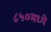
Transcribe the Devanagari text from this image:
८५०मध्ये